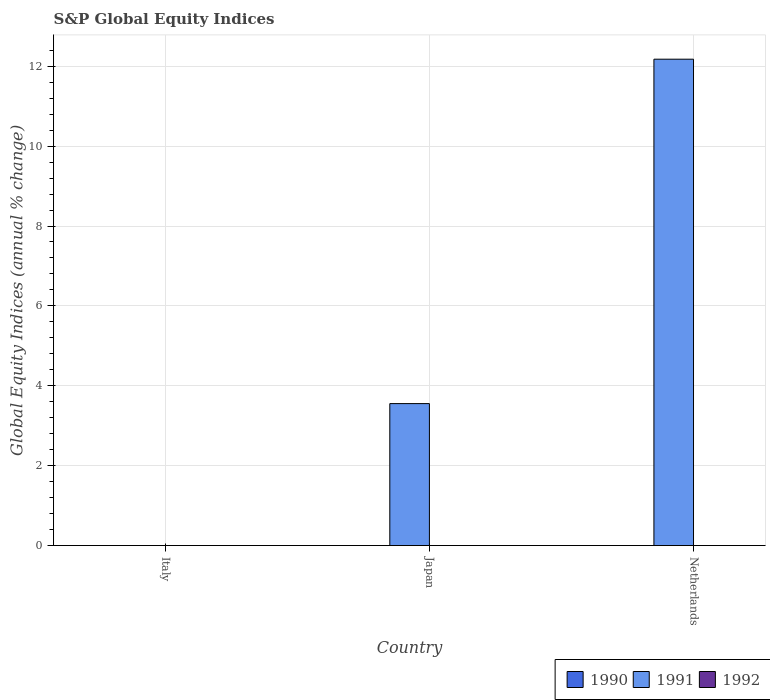
| Country | 1990 | 1991 | 1992 |
 | --- | --- | --- | --- |
 | Italy | -16 | -3.01 | -29.9 |
 | Japan | -34.8 | 3.55 | -25.7 |
 | Netherlands | -6.58 | 12.2 | -2.31 |